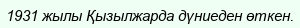
1931 жылы Қызылжарда дүниеден өткен.